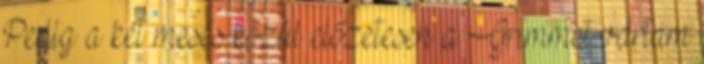
Pedig a két mesés közül előzetesen a Grimmet vártam